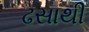
ઢસાથી